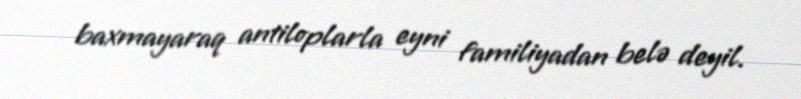
baxmayaraq antiloplarla eyni familiyadan belə deyil.